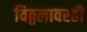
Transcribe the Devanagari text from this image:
विठ्ठलावरही